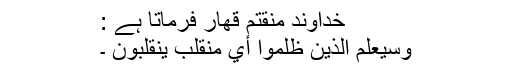
خداوند منقتم قهار فرماتا ہے :
وَسَيَعْلَمُ الَّذِينَ ظَلَمُوا أَيَّ مُنْقَلَبٍ يَنْقَلِبُونَ ۔